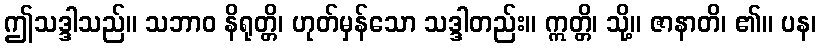
ဤသဒ္ဒါသည်။ သဘာဝ နိရုတ္တိ၊ ဟုတ်မှန်သော သဒ္ဒါတည်း။ ဣတ္တိ၊ သို့။ ဇာနာတိ၊ ၏။ ပန၊